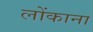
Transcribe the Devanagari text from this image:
लोंकाना